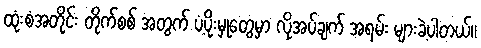
ထုံးစံအတိုင်း တိုက်စစ် အတွက် ပံ့ပိုးမှုတွေမှာ လိုအပ်ချက် အရမ်း များခဲ့ပါတယ်။